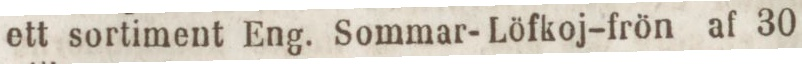
ett sortiment Eng. Sommar-Löfkoj-frön af 30